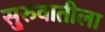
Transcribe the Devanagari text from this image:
सु्रुवातीला